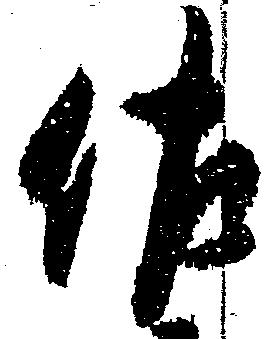
佐